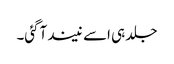
جلد ہی اسے نیند آگئی۔